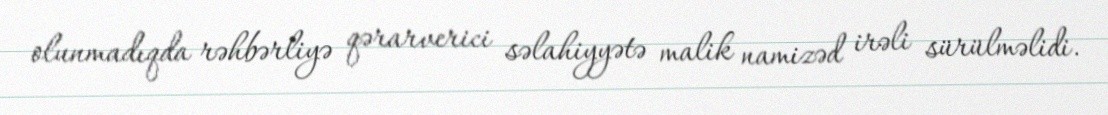
olunmadıqda rəhbərliyə qərarverici səlahiyyətə malik namizəd irəli sürülməlidi.